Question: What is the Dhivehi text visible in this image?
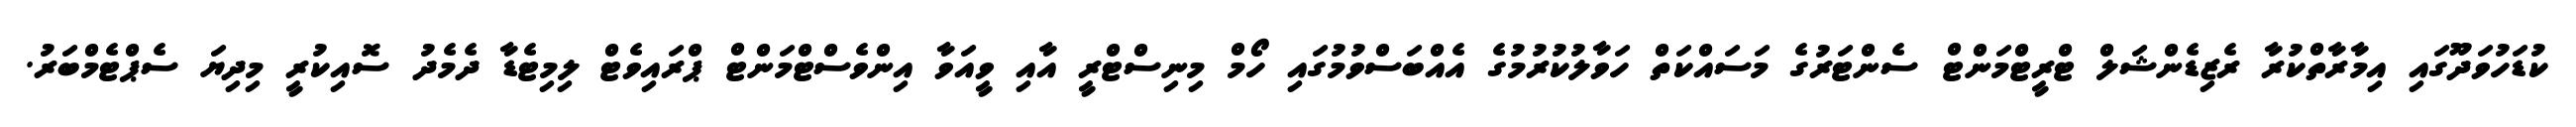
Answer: ކުޑަހުވަދޫގައި އިމާރާތްކުރާ ރެޒިޑެންޝަލް ޓްރީޓްމަންޓް ސެންޓަރުގެ މަސައްކަތް ހަވާލުކުރުމުގެ އެއްބަސްވުމުގައި ހޯމް މިނިސްޓްރީ އާއި ވީއަވާ އިންވެސްޓްމަންޓް ޕްރައިވެޓް ލިމިޓެޑާ ދެމެދު ސޮއިކުރީ މިދިޔަ ސެޕްޓެމްބަރު.